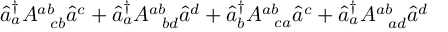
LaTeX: \hat { a } _ { a } ^ { \dagger } A _ { \; \; \; c b } ^ { a b } \hat { a } ^ { c } + \hat { a } _ { a } ^ { \dagger } A _ { \; \; \; b d } ^ { a b } \hat { a } ^ { d } + \hat { a } _ { b } ^ { \dagger } A _ { \; \; \; c a } ^ { a b } \hat { a } ^ { c } + \hat { a } _ { a } ^ { \dagger } A _ { \; \; \; a d } ^ { a b } \hat { a } ^ { d }